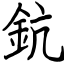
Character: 鈧